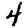
Digit: 4